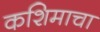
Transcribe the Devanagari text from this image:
कशिमाचा